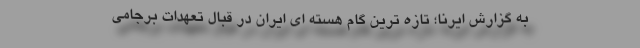
به گزارش ایرنا؛ تازه ترین گام هسته ای ایران در قبال تعهدات برجامی